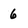
Character: 6